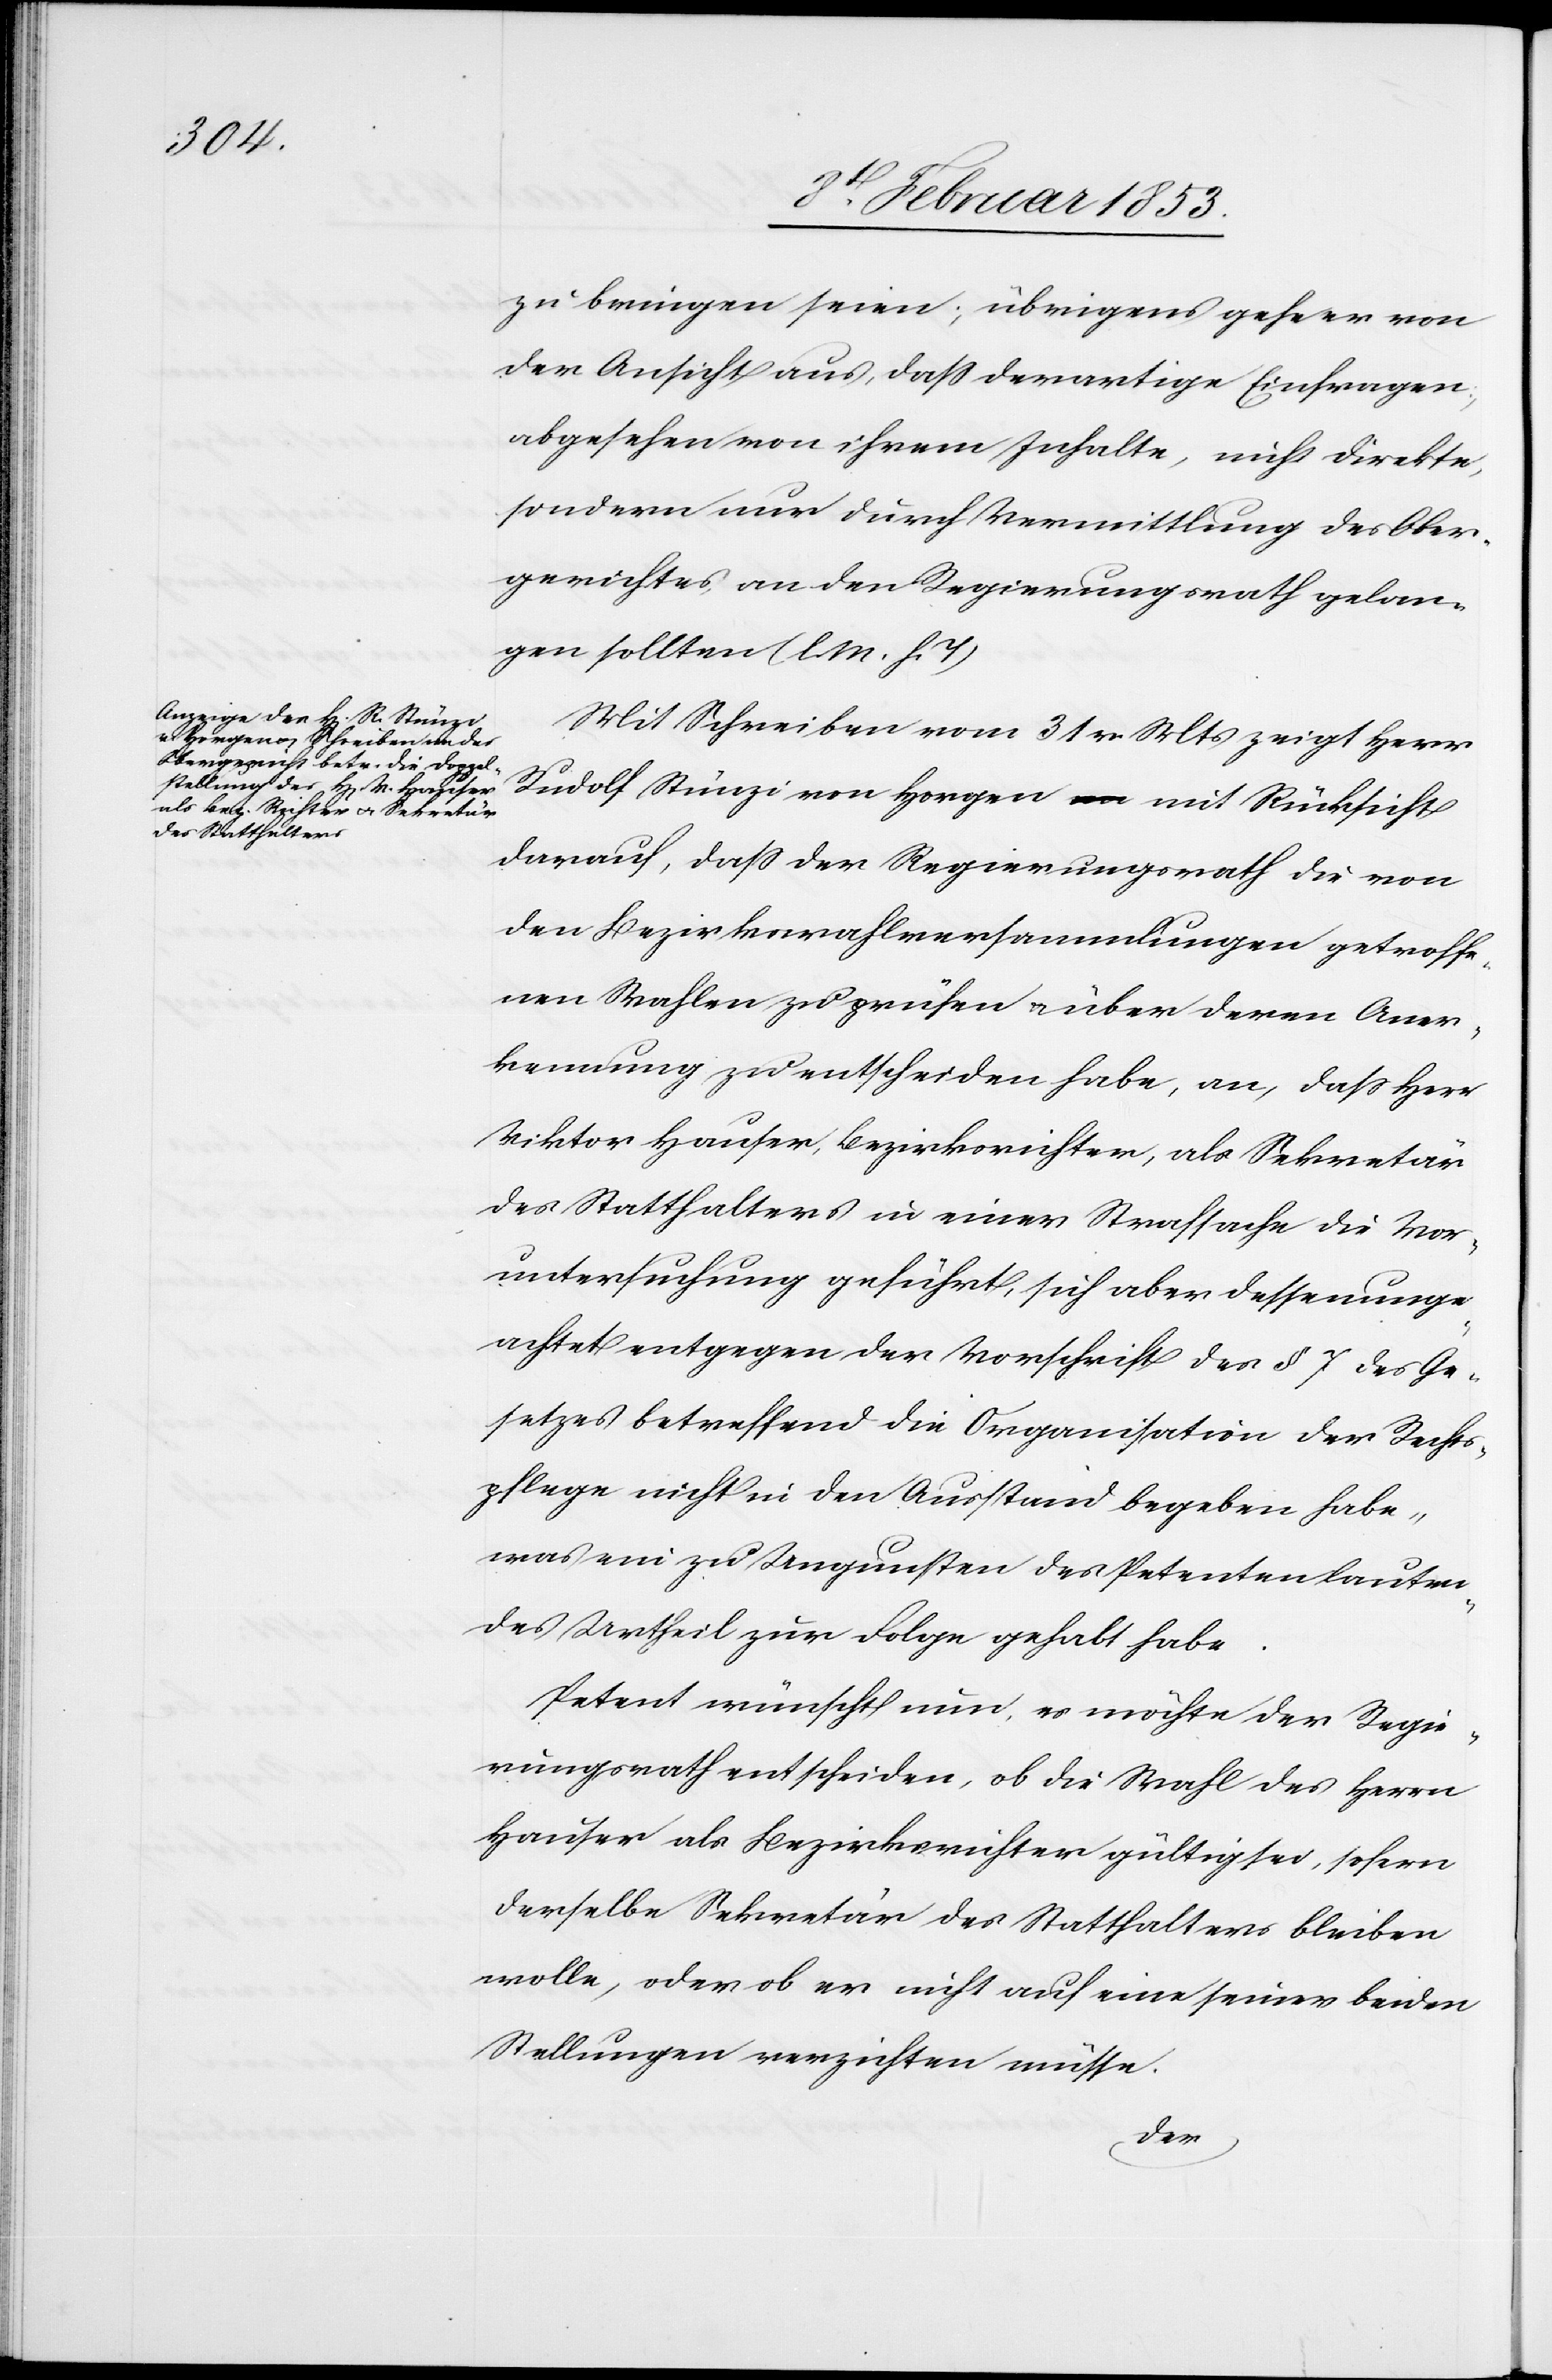
zu bringen seien; übrigens gehe er von
der Ansicht aus, daß derartige Einfragen,
abgesehen von ihrem Inhalte, nicht direkte,
sondern nur durch Vermittlung des Ober¬
gerichtes an den Regierungsrath gelan¬
gen sollten [l. M. h. T]
Mit Schreiben vom 31 v. Mts. zeigt Herr
Rudolf Stünzi von Horgen mit Rücksicht
darauf, da der Regierungsrath die von
den Bezirkswahlversammlungen getroffe¬
nen Wahlen zu prüfen u. über deren Aner¬
kennung zu entscheiden habe, an, daß Herr
Viktor Hauser, Bezirksrichter, als Sekretär
des Statthalters in einer Strafsache die Vor¬
untersuchung geführt, sich aber dessen unge¬
achtet entgegen der Vorschrift der § 7 des Ge¬
setzes betreffend die Organisation der Rechts¬
pflege nicht in den Ausstand begeben habe,
was ein zu Ungunsten des Petenten lauten¬
des Urtheil zur Folge gehabt habe.
Petent wünscht nur, es möchte der Regie¬
rungsrath entscheiden, ob die Wahl des Herrn
Hauser als Bezirksrichter gültig sei, sofern
derselbe Sekretär des Statthalters bleiben
wolle, oder ob er nicht auf eine seiner beiden
Stellungen verzichten müsse.